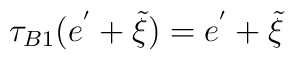
\tau_{B1}(e^{'}+\tilde{\xi})=e^{'}+\tilde{\xi}